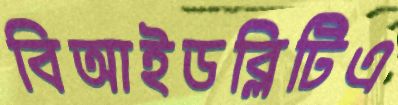
বিআইডব্লিটিএ